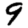
Digit: 9